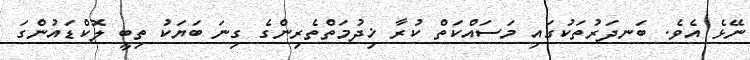
ނޭޅެ އެވެ. ބަނދަރުތަކުގައި މަސައްކަތް ކުރާ ޚިދުމަތްތެރިންގެ ގިނަ ބަޔަކު ތިބީ ލޮކްޑައުންގަ